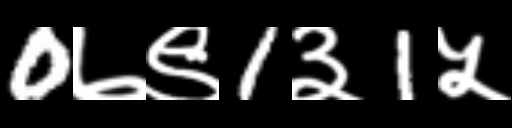
Text: 0७९1३1५